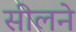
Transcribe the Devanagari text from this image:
सीलने